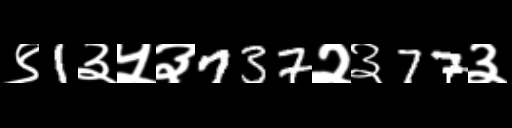
Text: ९1३५३737२३77३